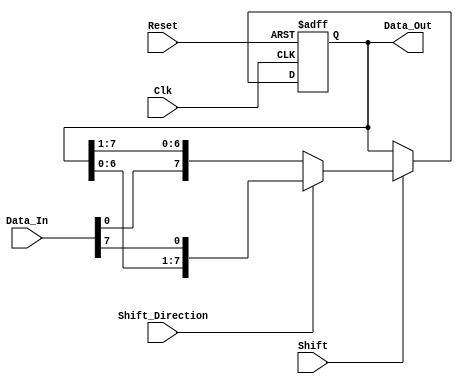
module ShiftRegister #(
    parameter N = 8  // Number of bits in the shift register
)(
    input wire Clk,              // Clock signal
    input wire Reset,            // Asynchronous reset signal
    input wire [N-1:0] Data_In,  // Input data line
    input wire Shift,            // Control signal to shift data
    input wire Shift_Direction,  // 0 for right shift, 1 for left shift
    output reg [N-1:0] Data_Out  // Output data
);

    // Asynchronous reset
    always @(posedge Clk or posedge Reset) begin
        if (Reset) begin
            Data_Out <= 0;  // Clear the register
        end else if (Shift) begin
            if (Shift_Direction) begin
                // Left shift
                Data_Out <= {Data_Out[N-2:0], Data_In[N-1]}; // Shift left and input new data
            end else begin
                // Right shift
                Data_Out <= {Data_In[0], Data_Out[N-1:1]}; // Shift right and input new data
            end
        end
    end

endmodule